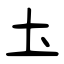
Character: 圡